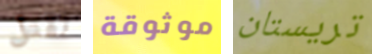
تقتل موثوقة تريستان